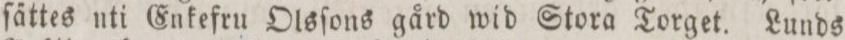
ſättes uti Enkefru Olsſons gård wid Stora Torget. Lunds